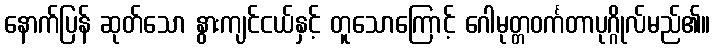
နောက်ပြန် ဆုတ်သော နွားကျင်ငယ်နှင့် တူသောကြောင့် ဂေါမုတ္တဝင်္ကတာပုဂ္ဂိုလ်မည်၏။